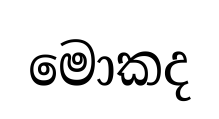
මොකද